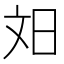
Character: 𬀫